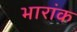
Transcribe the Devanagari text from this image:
भारांक